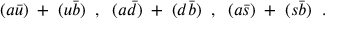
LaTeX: ( a \bar { u } ) \; + \; ( u \bar { b } ) \; \; , \; \; ( a \bar { d } ) \; + \; ( d \bar { b } ) \; \; , \; \; ( a \bar { s } ) \; + \; ( s \bar { b } ) \; \; .